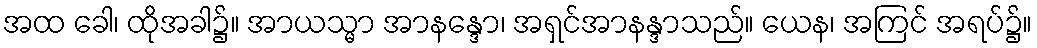
အထ ခေါ၊ ထိုအခါ၌။ အာယသ္မာ အာနန္ဒော၊ အရှင်အာနန္ဒာသည်။ ယေန၊ အကြင် အရပ်၌။